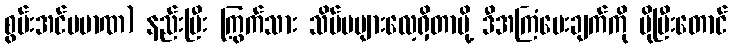
စွမ်းအင်ပမာဏ) နည်းပြီး ကြွက်သား သိပ်မများလေ့ရှိတာမို့ ဒီအကြံပေးချက်ကို ပိုပြီးတောင်